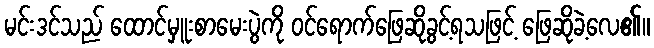
မင်းဒင်သည် ထောင်မှူးစာမေးပွဲကို ဝင်ရောက်ဖြေဆိုခွင့်ရသဖြင့် ဖြေဆိုခဲ့လေ၏။